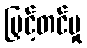
မြှင့်တင်မှု